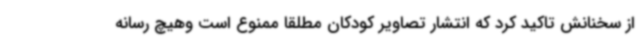
از سخنانش تاکید کرد که انتشار تصاویر کودکان مطلقا ممنوع است وهیچ رسانه